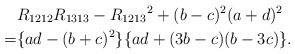
LaTeX: \begin{align*}& R_{1212}R_{1313}-R_{1213}{}^2 + (b-c)^2(a+d)^2 \\= & \{ ad-(b+c)^2 \} \{ad+(3b-c)(b-3c) \}. \end{align*}